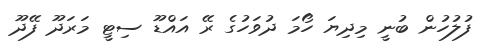
ފުލުހުން ބުނީ މިދިޔަ ހޯމަ ދުވަހުގެ ރޭ އައްޑޫ ސިޓީ މަރަދޫ ފޭދޫ